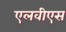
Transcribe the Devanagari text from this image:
एलवीएस